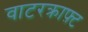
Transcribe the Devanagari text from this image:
वाटरक्राफ़्ट